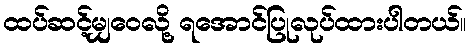
ထပ်ဆင့်မျှဝေလို့ ရအောင်ပြုလုပ်ထားပါတယ်။